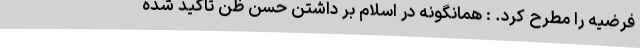
فرضیه را مطرح کرد. : همانگونه در اسلام بر داشتن حُسن ظن تاکید شده